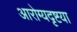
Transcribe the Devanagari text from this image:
आरोग्यदृष्टया